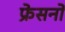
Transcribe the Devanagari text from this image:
फ्रेसनो